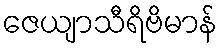
ဇေယျာသီရိဗိမာန်